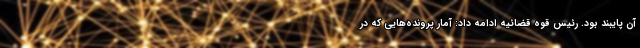
آن پایبند بود. رئیس قوه قضائیه ادامه داد: آمار پرونده‌هایی که در